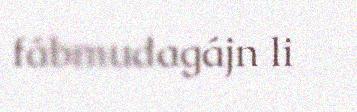
fábmudagájn li